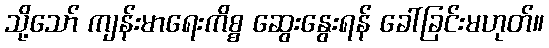
သို့သော် ကျန်းမာရေးကိစ္စ ဆွေးနွေးရန် ခေါ်ခြင်းမဟုတ်။